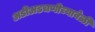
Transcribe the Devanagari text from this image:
अडीअडचणीच्यावेळी